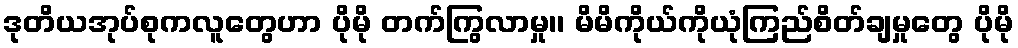
ဒုတိယအုပ်စုကလူတွေဟာ ပိုမို တက်ကြွလာမှု၊၊ မိမိကိုယ်ကိုယုံကြည်စိတ်ချမှုတွေ ပိုမို